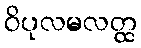
ဝိပုလမလတ္ထ